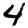
Digit: 4